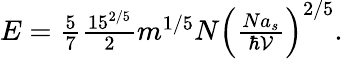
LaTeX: \begin{array}{r}{E=\frac{5}{7}\frac{15^{2/5}}{2}m^{1/5}N\left(\frac{Na_{s}}{\hbar\mathcal{V}}\right)^{2/5}.}\end{array}